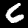
Digit: 6